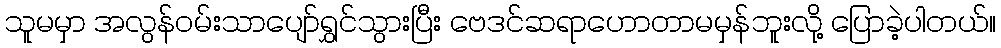
သူမမှာ အလွန်ဝမ်းသာပျော်ရွှင်သွားပြီး ဗေဒင်ဆရာဟောတာမမှန်ဘူးလို့ ပြောခဲ့ပါတယ်။